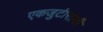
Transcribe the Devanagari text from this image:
एकजुटीसाठी